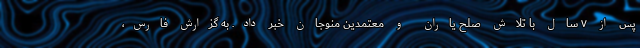
پس از ۷ سال با تلاش صلح یاران و معتمدین منوجان خبر داد. به گزارش فارس،